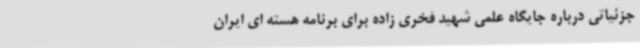
جزئیاتی درباره جایگاه علمی شهید فخری زاده برای برنامه هسته ای ایران